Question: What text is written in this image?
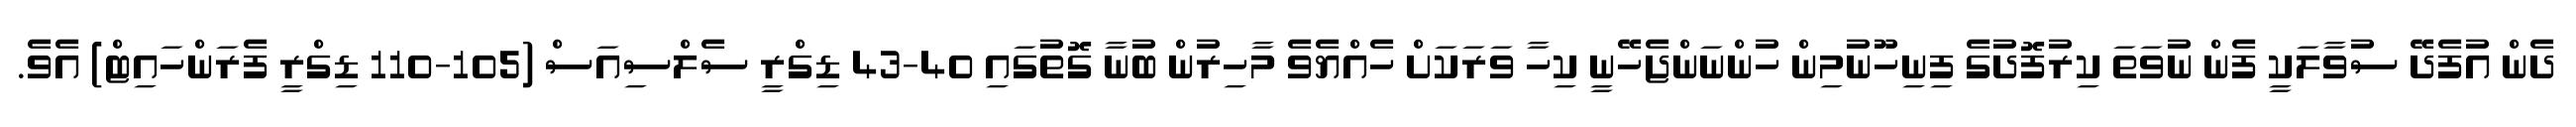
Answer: ދެން އުފެދޭ ސުވާލަކީ ފެން ނުވަތަ ކިރުފޮދުގެ ފިނިހޫނުމިން ހުންނަންޖެހޭނީ ކިހާ ވަރަކަށް ހެއްޔެވެ މާހިރުން ބުނާ ގޮތުގައި 40-43 ޑިގްރީ ސެލްސިއަސް (105-110 ޑިގްރީ ފެރަންހައިޓް) އެވެ.